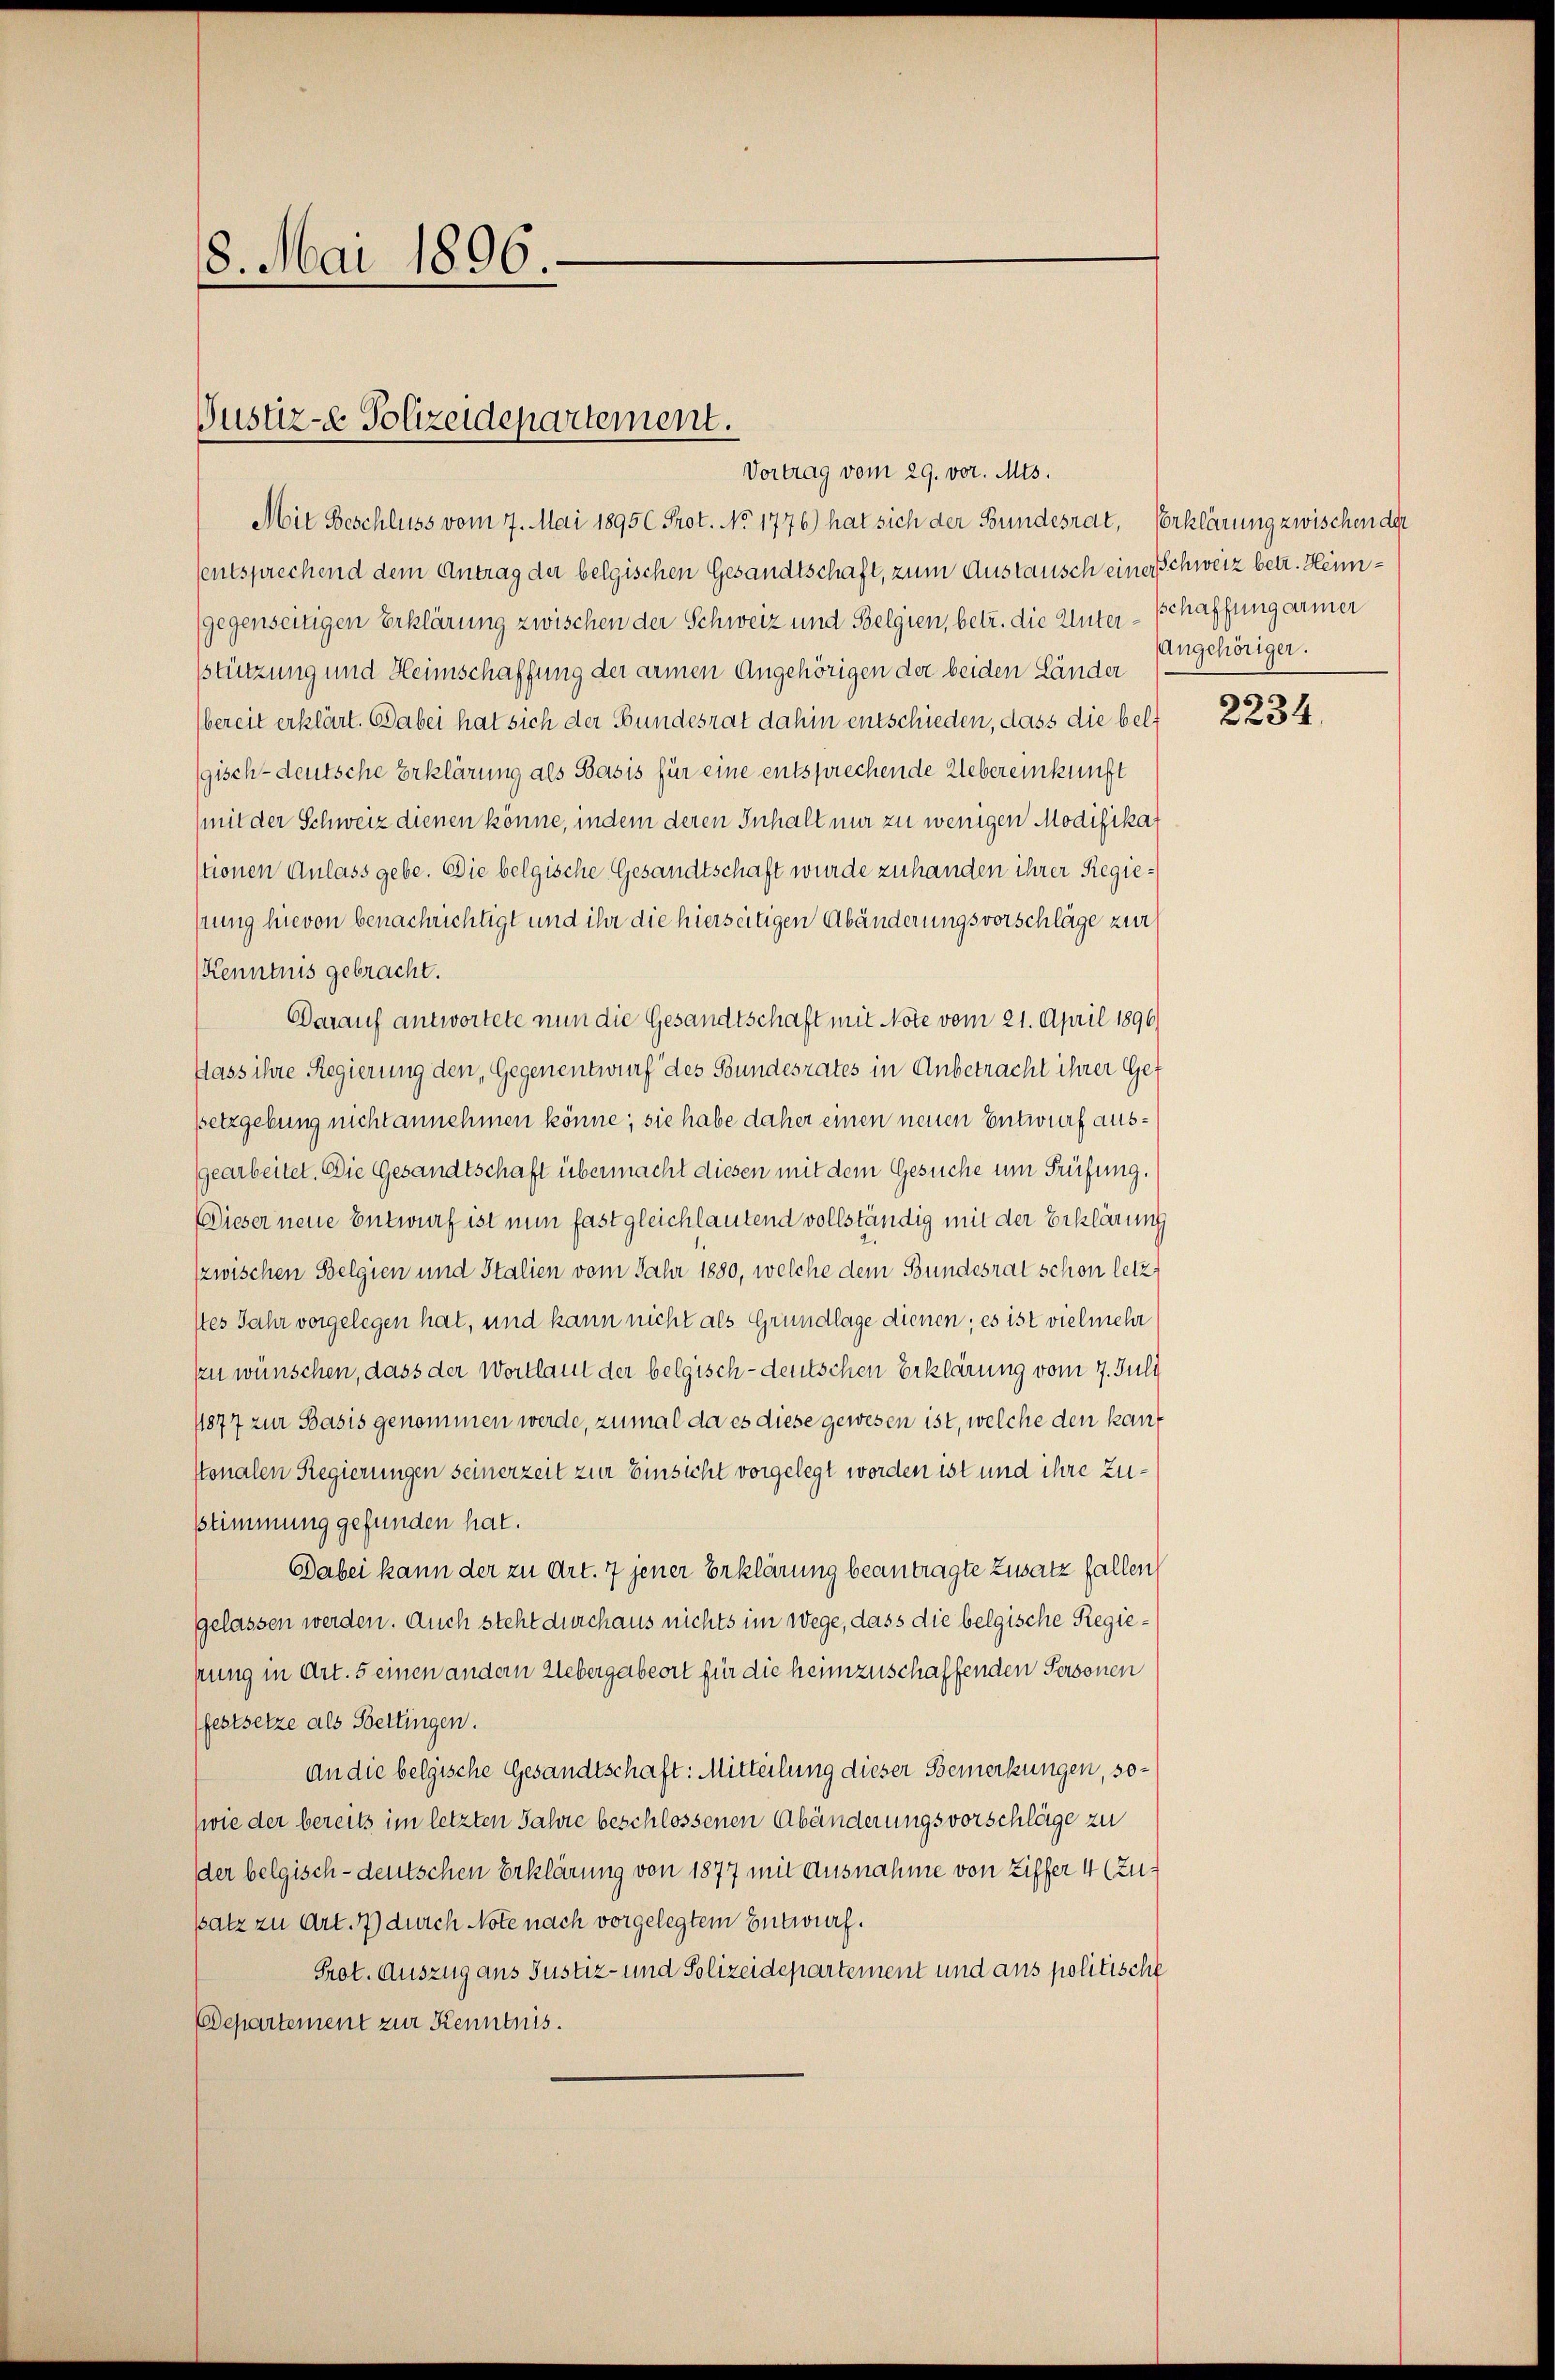
8. Mai 1896.

Vustiz- & Polizeidepartement.

Vortrag vom 29. vor. Mts.
Mit Beschluss vom 7. Mai 1895 Prot. No 1776) hat sich der Bundesrat, Erklärung zwischen der
sentsprechend dem Antrag der belgischen Gesandtschaft, zum Austausch einer Schweiz betr. Hein¬
(gegenseitigen Erklärung zwischen der Schweiz und Belgien, betr. die Unter-Schaffung armer
stützung und Heimschaffung der armen Angehörigen der beiden Länder
bereit erklärt. Dabei hat sich der Bundesrat dahin entschieden, dass die belf
gisch-deutsche Erklärung als Basis für eine entsprechende Uebereinkunft
(mit der Schweiz dienen könne, indem deren Inhalt nur zu wenigen Modifikat
stionen Anlass gebe. Die belgische Gesandtschaft wurde zuhanden ihrer Regiestung hievon benachrichtigt und ihr die hierseitigen Abänderungsvorschläge zur
Kenntnis gebracht.
Darauf antwortete nun die Gesandtschaft mit Note vom 21. April 1896
flass ihre Regierung den, Gegenentwurf des Bundesrates in Anbetracht ihrer Gef
setzgebung nicht annehmen könne; sie habe daher einen neuen Entwurf ausgearbeitet. Die Gesandtschaft übermacht diesen mit dem Gesuche um Prüfung.
Dieser neue Entwurf ist nun fast gleichlautend vollständig mit der Erklärung
zwischen Belgien und Italien vom Jahr 1880, welche dem Bundesrat schon letzt
stes Jahr vorgelegen hat, und kann nicht als Grundlage dienen; es ist vielmehr
zu wünschen, dass der Wortlaut der belgisch-deutschen Erklärung vom 7. Juli
1877 zur Basis genommen werde, zumal da es diese gewesen ist, welche den kanstonalen Regierungen seinerzeit zur Einsicht vorgelegt worden ist und ihre Zustimmung gefunden hat.
Dabei kann der zu Art. 7 jener Erklärung beantragte Zusatz fallen
gelassen werden. Auch steht durchaus nichts im Wege, dass die belgische Regiepung in Art. 5 einen andern Uebergabeort für die heimzuschaffenden Personen
(festsetze als Bettingen.
An die belgische Gesandtschaft: Mitteilung dieser Bemerkungen, so¬
(wie der bereits im letzten Jahre beschlossenen Abänderungsvorschläge zu
der belgisch-deutschen Erklärung von 1877 mit Ausnahme von Ziffer 4 (zusatz zu Art. 77) durch Note nach vorgelegtem Entwurf.
Prot. Auszug aus Justiz- und Polizeidepartement und aus politische
Departement zur Kenntnis.

Angehöriger.

2234.